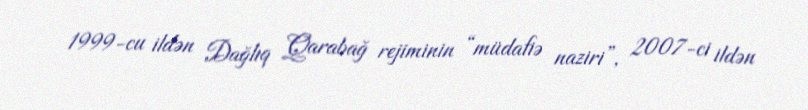
1999-cu ildən Dağlıq Qarabağ rejiminin “müdafiə naziri”, 2007-ci ildən